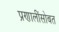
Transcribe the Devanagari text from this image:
प्रणालींसोबत